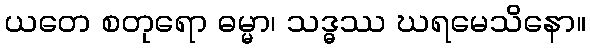
ယတေ စတုရော ဓမ္မာ၊ သဒ္ဓဿ ဃရမေသိနော။